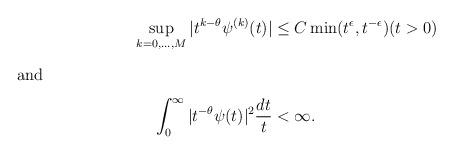
LaTeX: \begin{align*}\sup_{k=0,\ldots,M} |t^{k-\theta} \psi^{(k)}(t)| & \leq C \min(t^{\epsilon},t^{-\epsilon}) (t > 0) \\\intertext{and}\int_0^\infty |t^{-\theta} \psi(t)|^2 \frac{dt}{t} & < \infty. \end{align*}